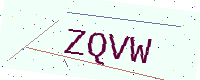
Text: ZQVW